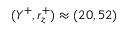
( Y ^ { + } , r _ { z } ^ { + } ) \approx ( 2 0 , 5 2 )